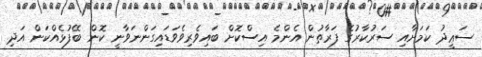
ސަޢީދު ކަމަށާއި ސަރުކާރުގެ ފަރާތުން އެންމެެ އިސްކޮށް ބައިވެރިވެވަޑައިގަންނަވާނީ ކޮން ބޭފުޅެއްކަން އަދި